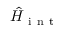
\hat { H } _ { \mathrm { ~ i ~ n ~ t ~ } }